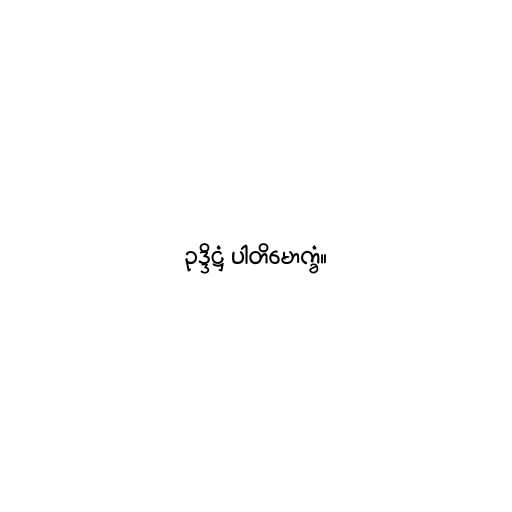
ဥဒ္ဒိဋ္ဌံ ပါတိမောက္ခံ။